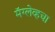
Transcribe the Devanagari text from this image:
मॅग्लेव्हचा